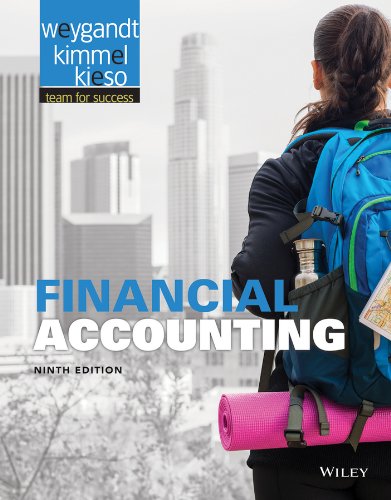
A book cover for Financial Accounting; Jerry J. Weygandt; Business & Money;